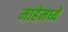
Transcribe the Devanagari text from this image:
माहेमध्ये